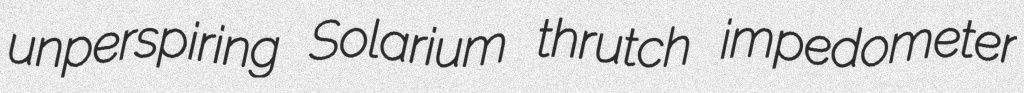
unperspiring Solarium thrutch impedometer